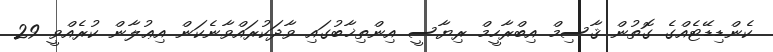
ކެންޑިޑޭޓެއްގެ ގޮތުން ޤާސިމް އިބްރާހީމް ރިޔާސީ އިންތިޚާބުގައި ވާދަކުރައްވާނެކަން އިޢުލާން ކުރެއްވީ 29